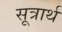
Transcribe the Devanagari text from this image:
सूत्रार्थ